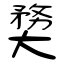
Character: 奦